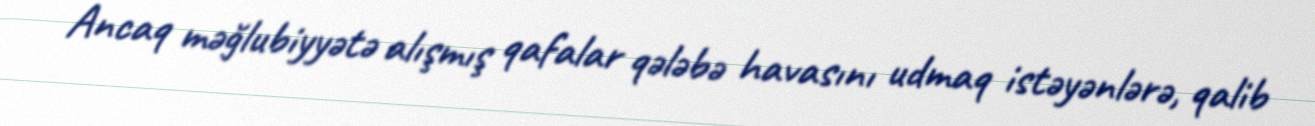
Ancaq məğlubiyyətə alışmış qafalar qələbə havasını udmaq istəyənlərə, qalib